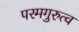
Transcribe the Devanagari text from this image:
परमगुरुत्व